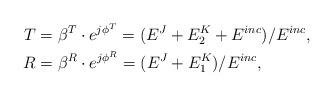
LaTeX: \begin{align*}T &= \beta^T\cdot e^{j\phi^T} = ({E}^J+{E}^K_2+{E}^{inc})/{E}^{inc},\\ R &= \beta^R\cdot e^{j\phi^R} = ({E}^J+{E}^K_1)/{E}^{inc},\end{align*}